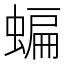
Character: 蝙